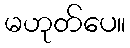
မဟုတ်ပေ။